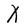
Character: X